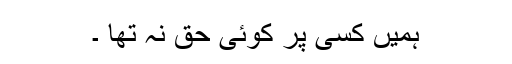
ہمیں کسی پر کوئی حق نہ تھا ۔